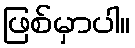
ဖြစ်မှာပါ။